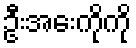
ဦးအေးကိုကို